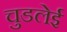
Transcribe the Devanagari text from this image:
चुडलेई